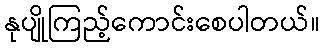
နုပျိုကြည့်ကောင်းစေပါတယ်။